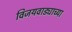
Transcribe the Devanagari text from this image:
विजयवाड्याच्या